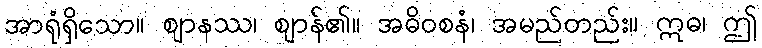
အာရုံရှိသော။ ဈာနဿ၊ ဈာန်၏။ အဓိဝစနံ၊ အမည်တည်း။ ဣဓ၊ ဤ